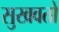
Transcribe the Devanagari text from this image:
सुखवतो